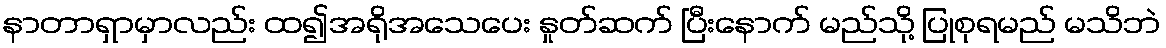
နာတာရှာမှာလည်း ထ၍အရိုအသေပေး နှုတ်ဆက် ပြီးနောက် မည်သို့ ပြုစုရမည် မသိဘဲ